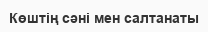
Көштің сәні мен салтанаты